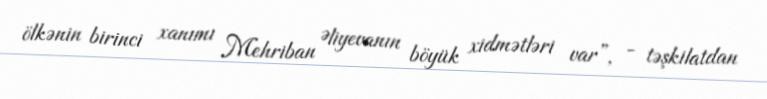
ölkənin birinci xanımı Mehriban Əliyevanın böyük xidmətləri var”, - təşkilatdan